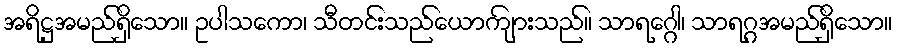
အရိဋ္ဌအမည်ရှိသော။ ဥပါသကော၊ သီတင်းသည်ယောကျ်ားသည်။ သာရဂ္ဂေါ၊ သာရဂ္ဂအမည်ရှိသော။